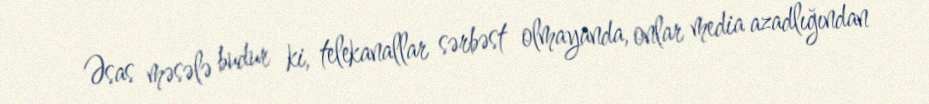
Əsas məsələ budur ki, telekanallar sərbəst olmayanda, onlar media azadlığından